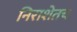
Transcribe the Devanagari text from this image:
निराशेतच